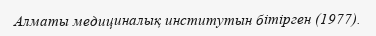
Алматы медициналық институтын бітірген (1977).